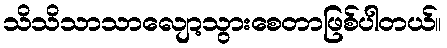
သိသိသာသာလျော့သွားစေတာဖြစ်ပါတယ်။